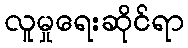
လူမှုရေးဆိုင်ရာ